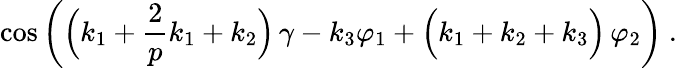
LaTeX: \cos{\left(\Big(k_{1}+\frac{2}{p}k_{1}+k_{2}\Big)\, \gamma-k_{3}\varphi_{1}+\Big(k_{1}+k_{2}+k_{3}\Big)\, \varphi_{2}\right)}\ .